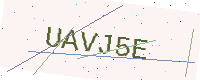
Text: UAVJ5E